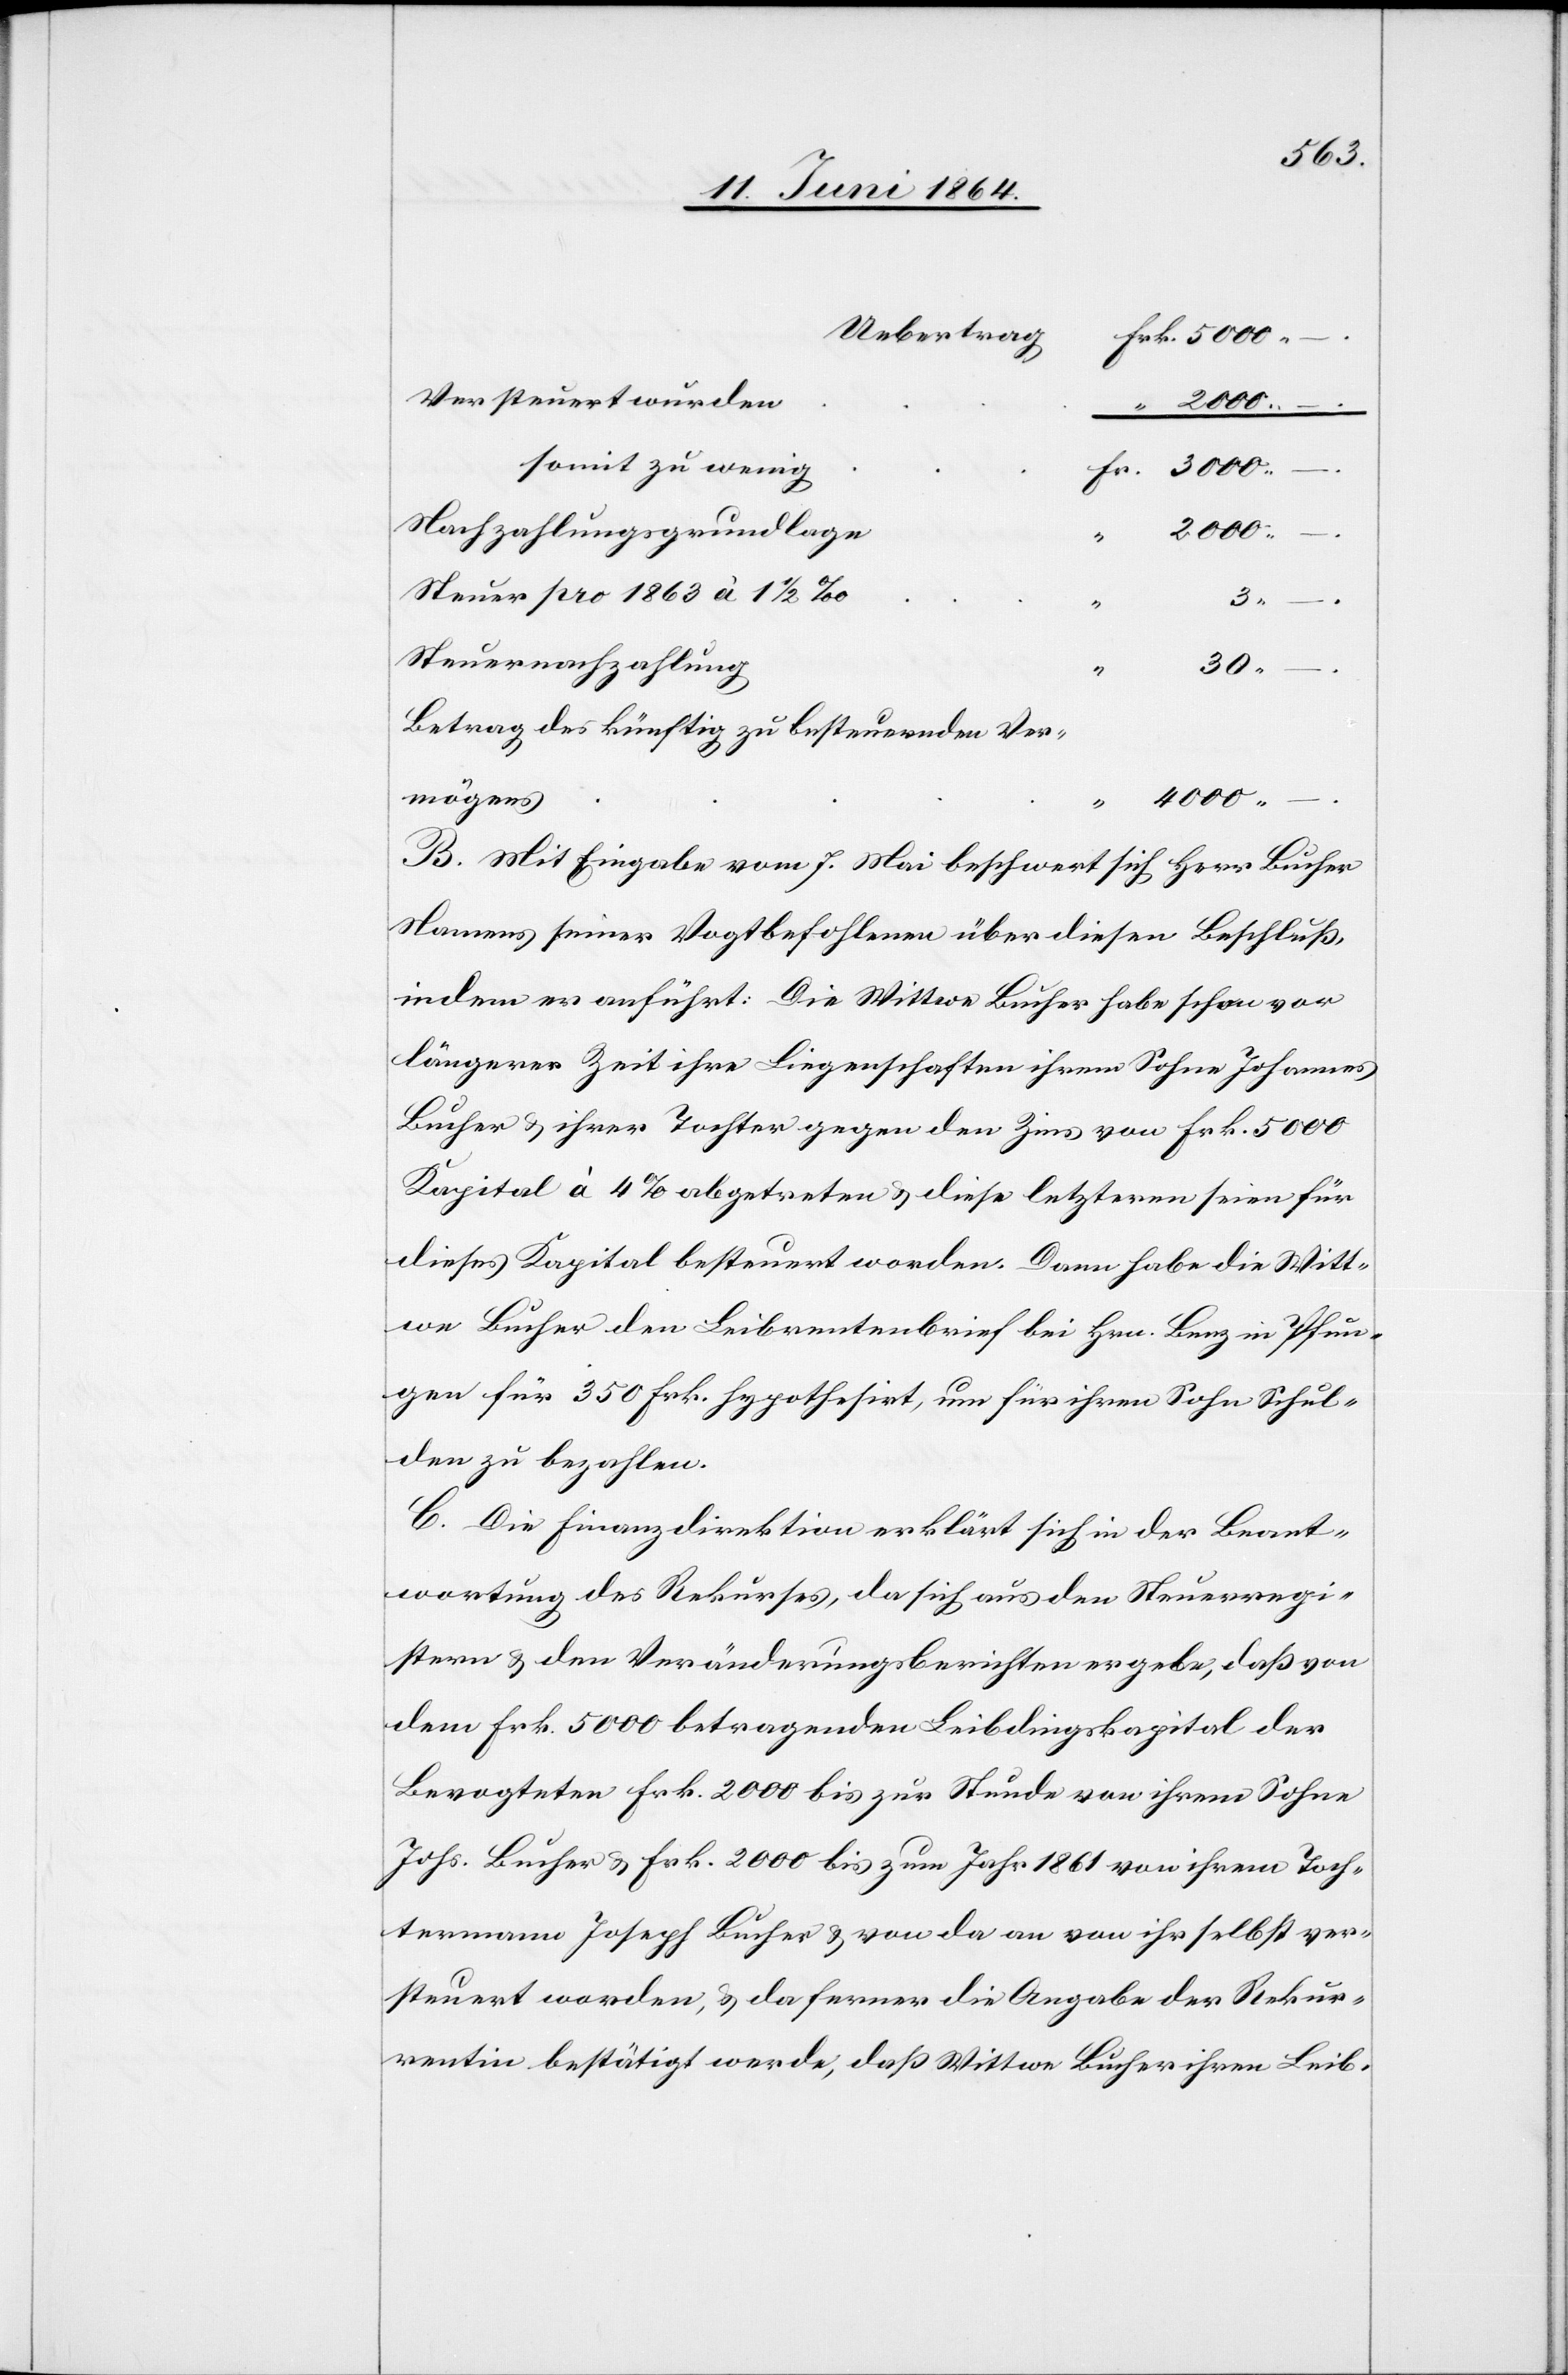
Uebertrag
Versteuert wurden
somit zu wenig
Fr.
Nachzahlungsgrundlage
4000
–.
Steuer pro 1863 à 1 1/2‰
Steuernachzahlung
30
Betrag des künftig zu besteuernden Ver¬
mögens
B. Mit Eingabe vom 7. Mai beschwert sich Herr Bucher
Namens seiner Vogtbefohlenen über diesen Beschluß,
indem er anführt: Die Wittwe Bucher habe schon vor
längerer Zeit ihre Liegenschaften ihrem Sohne Johannes
Bucher u. ihrer Tochter gegen den Zins von Frk. 5000
Kapital à 4% abgetreten u. diese letzteren seien für
dieses Kapital besteuert worden. Dann habe die Witt¬
we Bucher den Leibrentenbrief bei Hrn. Benz in Pfun¬
gen für 350 Frk. hypothesirt, um für ihren Sohn Schul¬
den zu bezahlen.
C. Die Finanzdirektion erklärt sich in der Beant¬
wortung des Rekurses, da sich aus den Steuerregi¬
stern u. den Veränderungsberichten ergebe, daß von
dem Frk. 5000 betragenden Leibdingskapital der
Bevogteten Frk. 2000 bis zur Stunde von ihrem Sohn
Johs. Bucher u. Frk. 2000 bis zum Jahr 1861 von ihrem Toch¬
termann Joseph Bucher u. von da an von ihr selbst ver¬
steuert worden, u. da ferner die Angabe der Rekur¬
rentin bestätigt werde, daß Wittwe Bucher ihren Leib-